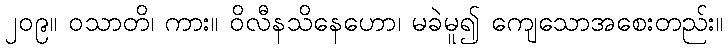
၂၀၉။ ဝသာတိ၊ ကား။ ဝိလီနသိနေဟော၊ မခဲမူ၍ ကျေသောအစေးတည်း။